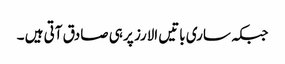
جبکہ ساری باتیں الارز پر ہی صادق آتی ہیں ۔